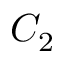
C _ { 2 }